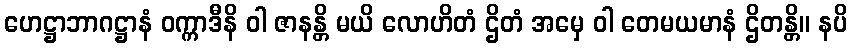
ဟေဋ္ဌာဘာဂဋ္ဌာနံ ဝက္ကာဒီနိ ဝါ ဇာနန္တိ မယိ လောဟိတံ ဌိတံ အမှေ ဝါ တေမယမာနံ ဌိတန္တိ။ နပိ